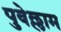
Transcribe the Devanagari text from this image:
पुवेल्लाम